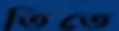
তিতে